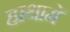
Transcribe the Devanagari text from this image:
हाथामें